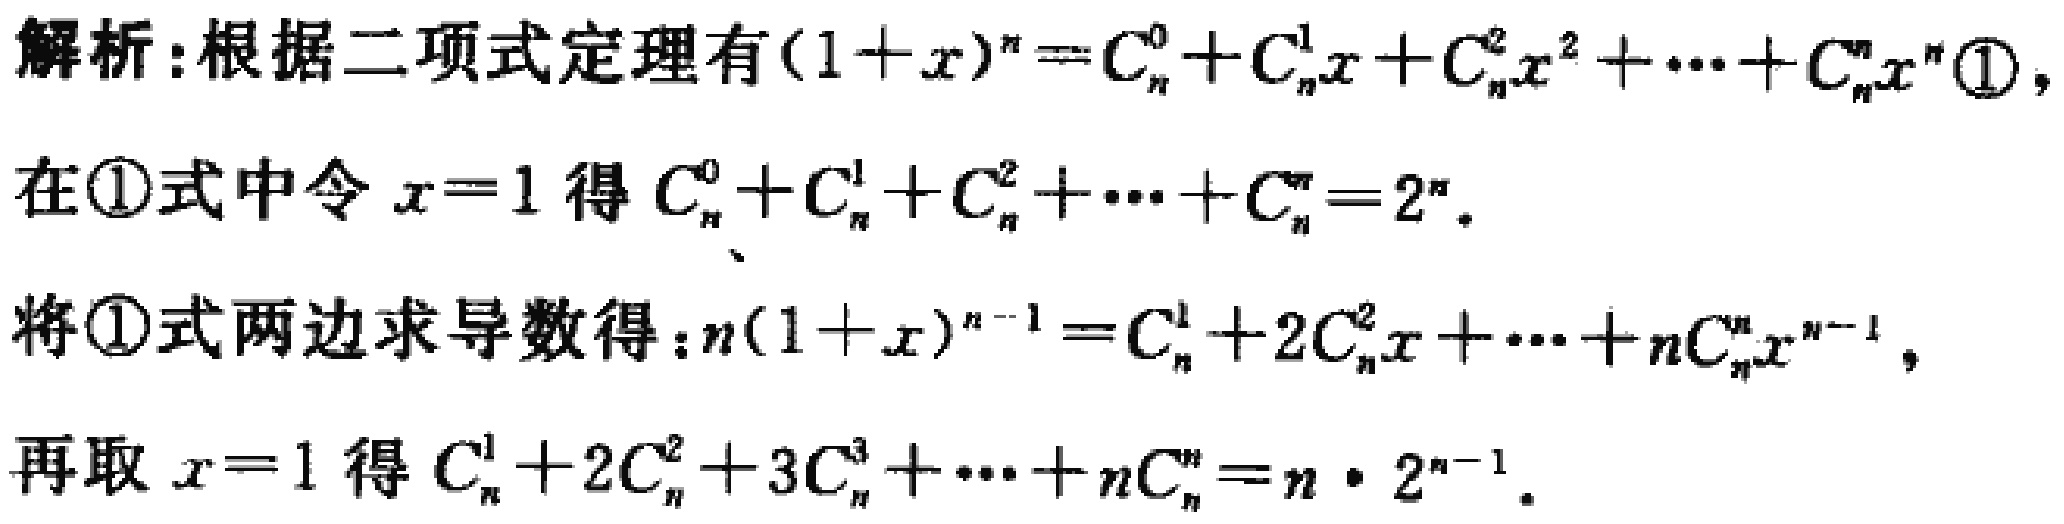
解析：根据二项式定理有\((1 + x)^n = C_{n}^{0}+C_{n}^{1}x + C_{n}^{2}x^{2}+\cdots + C_{n}^{n}x^{n}\textcircled{1}\)，
在\textcircled{1}式中令\(x = 1\)得\(C_{n}^{0}+C_{n}^{1}+C_{n}^{2}+\cdots + C_{n}^{n}=2^{n}\)。
将\textcircled{1}式两边求导数得：\(n(1 + x)^{n - 1}=C_{n}^{1}+2C_{n}^{2}x+\cdots + nC_{n}^{n}x^{n - 1}\)，
再取\(x = 1\)得\(C_{n}^{1}+2C_{n}^{2}+3C_{n}^{3}+\cdots + nC_{n}^{n}=n\cdot 2^{n - 1}\)。